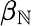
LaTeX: \beta_{\mathbb{N}}